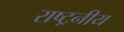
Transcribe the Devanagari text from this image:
राष्ट्रनीय